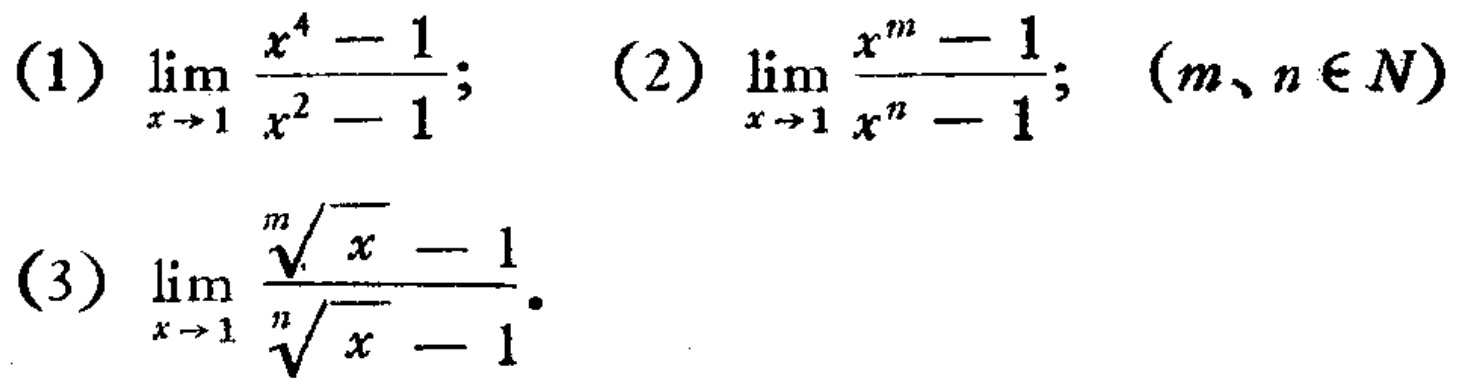
(1) \(\lim_{x \to 1} \frac{x^{4}-1}{x^{2}-1}\); (2) \(\lim_{x \to 1} \frac{x^{m}-1}{x^{n}-1}\); \((m、n \in N)\)
(3) \(\lim_{x \to 1} \frac{\sqrt[m]{x}-1}{\sqrt[n]{x}-1}\).